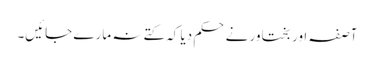
آصفہ اور بختاور نے حکم دیا کہ کتے نہ مارے جائیں۔